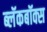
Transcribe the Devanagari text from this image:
ब्‍लॅकबॉक्स